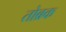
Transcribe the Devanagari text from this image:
तोब्रक